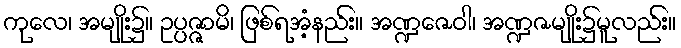
ကုလေ၊ အမျိုး၌။ ဥပ္ပဇ္ဇာမိ၊ ဖြစ်ရအံ့နည်း။ အဏ္ဍဇေဝါ၊ အဏ္ဍဇမျိုး၌မူလည်း။